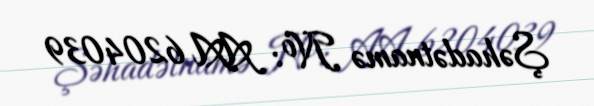
Şəhadətnamə №: AA 6204039